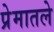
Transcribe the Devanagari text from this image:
प्रेमातले